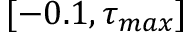
[ - 0 . 1 , \tau _ { m a x } ]